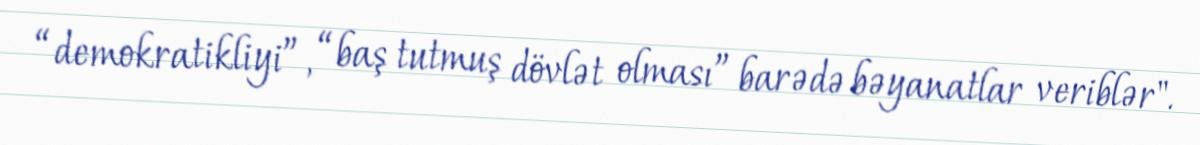
“demokratikliyi”, “baş tutmuş dövlət olması” barədə bəyanatlar veriblər".